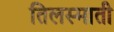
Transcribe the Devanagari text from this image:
तिलस्माती